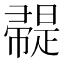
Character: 𢅦